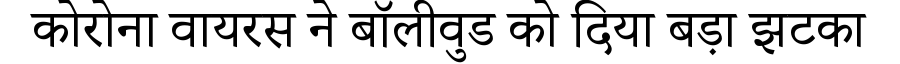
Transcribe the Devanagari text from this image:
कोरोना वायरस ने बॉलीवुड को दिया बड़ा झटका